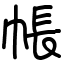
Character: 帳